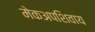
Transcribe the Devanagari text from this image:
मेकअपशिवाय